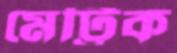
মেট্টিক